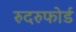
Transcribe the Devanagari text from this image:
रुदरुफोर्ड